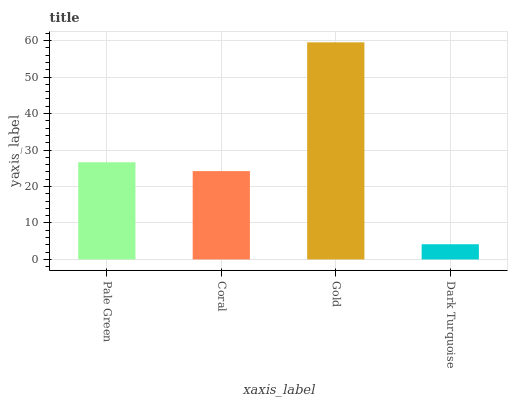
| xaxis_label | bars |
 | --- | --- |
 | Pale Green | 26.6 |
 | Coral | 24.2 |
 | Gold | 59.5 |
 | Dark Turquoise | 4.17 |